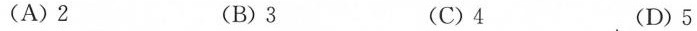
(A)2 (B)3 (C)4 (D)5